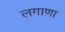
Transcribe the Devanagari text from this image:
लगाणा